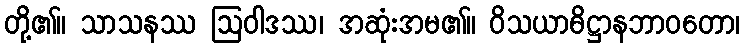
တို့၏။ သာသနဿ ဩဝါဒဿ၊ အဆုံးအမ၏။ ဝိသယာဓိဋ္ဌာနဘာဝတော၊